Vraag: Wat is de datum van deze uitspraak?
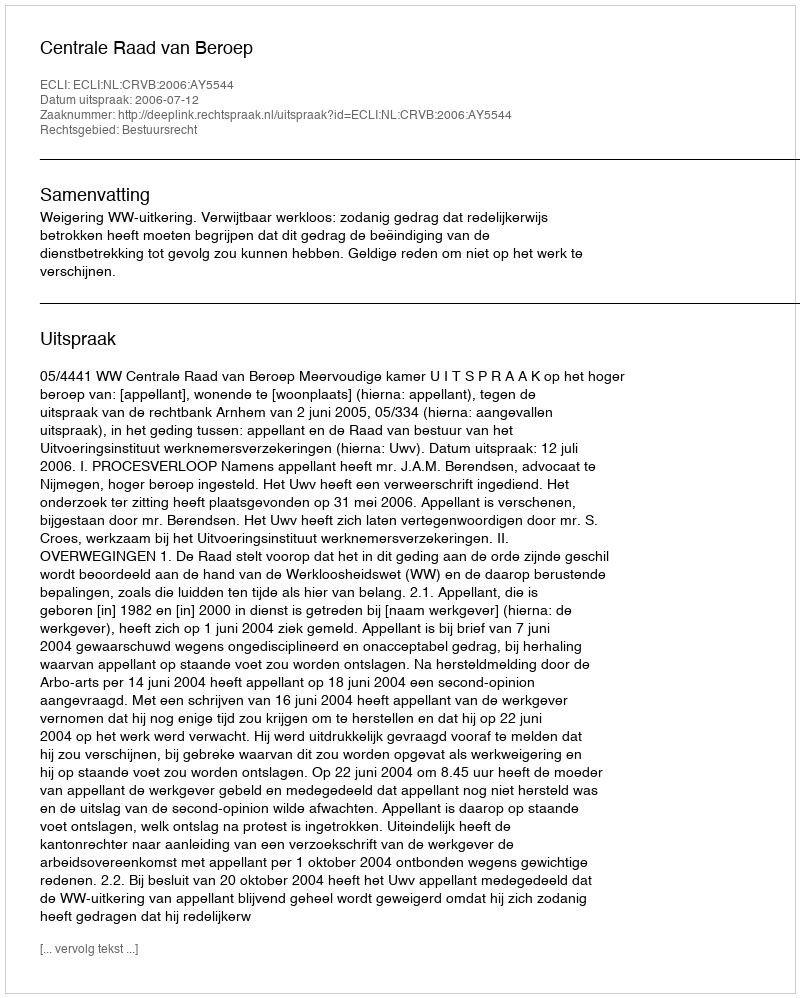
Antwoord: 2006-07-12